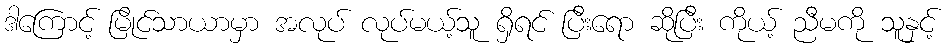
ဒါကြောင့် မြိုင်သာယာမှာ အလုပ် လုပ်မယ့်သူ ရှိရင် ပြီးရော ဆိုပြီး ကိုယ့် ညီမကို သူနှင့်